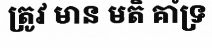
ត្រូវ មាន មតិ គាំទ្រ